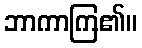
ဘာကာကြ၏။